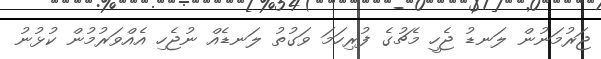
ޖަރުމަނުން ލަނޑު ޖެހީ މެޗުގެ ފުރިހަމަ ވަގުތު ލަނޑެއް ނުޖެހި އެއްވަރުމުން ކުޅުނު